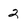
Character: 2